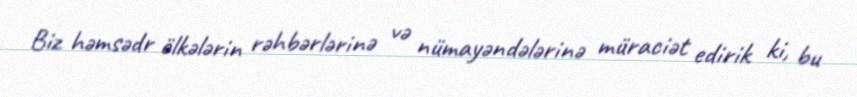
Biz həmsədr ölkələrin rəhbərlərinə və nümayəndələrinə müraciət edirik ki, bu